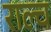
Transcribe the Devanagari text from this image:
राल्च